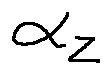
\alpha _ { z }